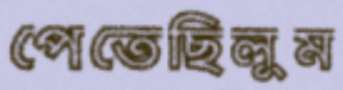
পেতেছিলুম